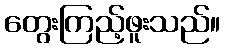
တွေးကြည့်ဖူးသည်။